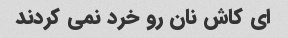
اى کاش نان رو خرد نمى کردند